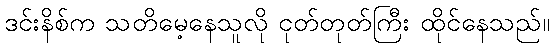
ဒင်းနိစ်က သတိမေ့နေသူလို ငုတ်တုတ်ကြီး ထိုင်နေသည်။